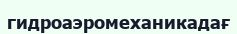
гидроаэромеханикадағ